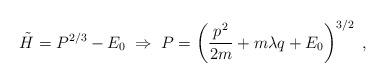
LaTeX: \begin{align*}\tilde{H} = P^{2/3} - E_0 \; \Rightarrow \; P = \left (\frac{p^2}{ 2m } + m \lambda q + E_0 \right )^{3/2} \; ,\end{align*}